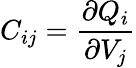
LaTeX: C_{ij}={\frac{\partial Q_{i}}{\partial V_{j}}}